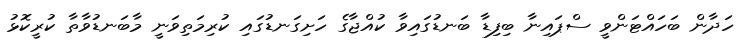
ހަދާން ބަހައްޓަންވީ ސްޕައިނާ ބިފިޑާ ބަނޑުގައިވާ ކުއްޖާގެ ހަށިގަނޑުގައި ކުރިމަތިވަނީ މާބަނޑުވާތާ ކުރީކޮޅު